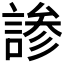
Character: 𬢳